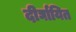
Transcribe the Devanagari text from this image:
दीर्घायित